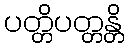
ပတ္တိပတ္တန္တိ